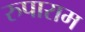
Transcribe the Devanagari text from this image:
रुपाराम